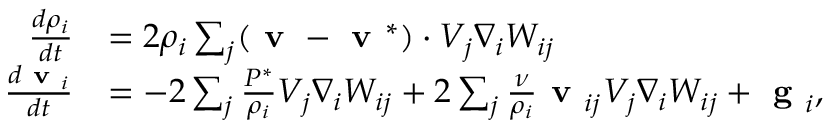
\begin{array} { r l } { \frac { d \rho _ { i } } { d t } } & { = 2 { \rho _ { i } } \sum _ { j } ( \textbf { v } - \textbf { v } ^ { * } ) \cdot V _ { j } \nabla _ { i } W _ { i j } } \\ { \frac { d \textbf { v } _ { i } } { d t } } & { = - 2 \sum _ { j } \frac { { P } ^ { * } } { \rho _ { i } } V _ { j } \nabla _ { i } W _ { i j } + 2 \sum _ { j } \frac { \nu } { \rho _ { i } } \textbf { v } _ { i j } V _ { j } \nabla _ { i } W _ { i j } + \textbf { g } _ { i } , } \end{array}